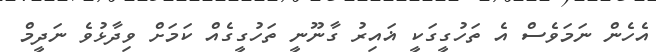
އެހެން ނަމަވެސް އެ ތަހުގީގަކީ ޣައިރު ގާނޫނީ ތަހުގީގެއް ކަމަށް ވިދާޅުވެ ނަދީމް